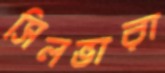
সিলভারা